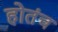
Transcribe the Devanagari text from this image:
होतंच